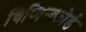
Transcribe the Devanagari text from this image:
चिप्पिन्ग्फोर्ड